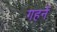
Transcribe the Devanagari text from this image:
गहनें